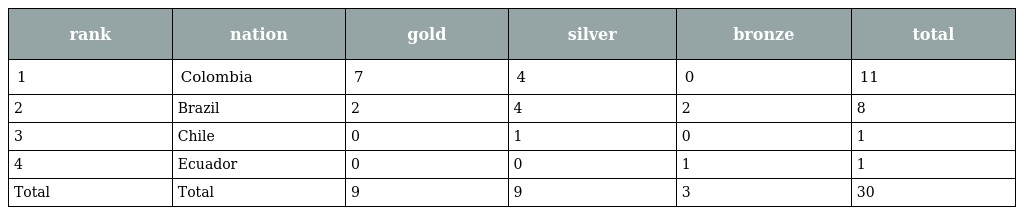
| rank | nation | gold | silver | bronze | total |
 | --- | --- | --- | --- | --- | --- |
 | 1 | Colombia | 7 | 4 | 0 | 11 |
 | 2 | Brazil | 2 | 4 | 2 | 8 |
 | 3 | Chile | 0 | 1 | 0 | 1 |
 | 4 | Ecuador | 0 | 0 | 1 | 1 |
 | Total | Total | 9 | 9 | 3 | 30 |